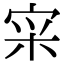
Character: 𫳍